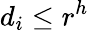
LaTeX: d_{i}\leq r^{h}